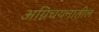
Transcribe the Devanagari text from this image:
अग्निचयनातील